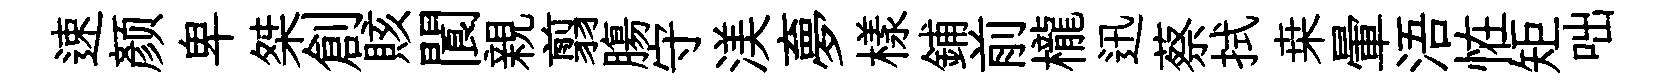
速颜卑桀創賅閬親翦膓守渼夣樣鋪前櫳迅蔡拭桒暈浯恠矩咄